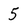
Character: 5